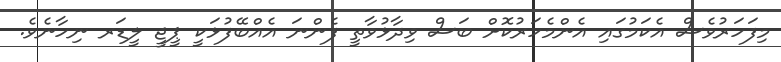
މިފަހަރުވެސް އެކަމުގައި އެންމެހަރުކޮށް ބަސް ވިދާޅުވާތީ ފެންނަ އެއްބޭފުޅަކީ ޕީޖީ ލީޑަރ ނިހާނެވެ.